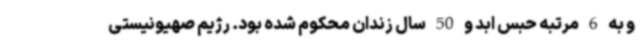
و به 6 مرتبه حبس ابد و 50 سال زندان محکوم شده بود. رژیم صهیونیستی